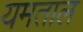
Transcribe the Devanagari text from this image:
यमताल